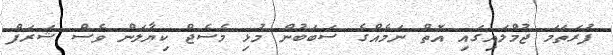
ފުރަތަމަ ޖުމްލައިގައި އޮތް ނަމެއްގެ ސަބަބުން މުޅި މެސެޖް ކިޔާލަން ވެސް ޝަރަފް